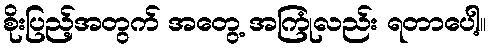
စိုးပြည့်အတွက် အတွေ့ အကြုံလည်း ရတာပေါ့။